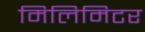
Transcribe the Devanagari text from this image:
मिलिमिटर